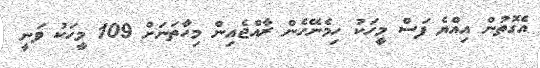
އެގޮތުން އިއްޔެ ފަސް މީހަކު ހިމެނޭހެން ރާއްޖެއިން މިހާތަނަށް 109 މީހަކު ވަނީ